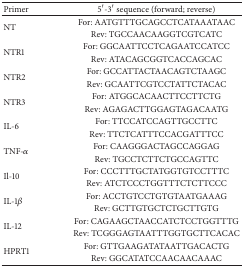
<table><thead><tr><td><b>Primer </b></td><td><b>5′-3′ sequence (forward; reverse) </b></td></tr></thead><tbody><tr><td rowspan="2">NT </td><td>For: AATGTTTGCAGCCTCATAAATAAC </td></tr><tr><td>Rev: TGCCAACAAGGTCGTCATC </td></tr><tr><td rowspan="2">NTR1 </td><td>For: GGCAATTCCTCAGAATCCATCC </td></tr><tr><td>Rev: ATACAGCGGTCACCAGCAC </td></tr><tr><td rowspan="2">NTR2 </td><td>For: GCCATTACTAACAGTCTAAGC </td></tr><tr><td>Rev: GCAATTCGTCCTATTCTACAC </td></tr><tr><td rowspan="2">NTR3 </td><td>For: ATGGCACAACTTCCTTCTG </td></tr><tr><td>Rev: AGAGACTTGGAGTAGACAATG </td></tr><tr><td rowspan="2">IL-6 </td><td>For: TTCCATCCAGTTGCCTTC </td></tr><tr><td>Rev: TTCTCATTTCCACGATTTCC </td></tr><tr><td rowspan="2">TNF-<i>α</i></td><td>For: CAAGGGACTAGCCAGGAG </td></tr><tr><td>Rev: TGCCTCTTCTGCCAGTTC </td></tr><tr><td rowspan="2">Il-10 </td><td>For: CCCTTTGCTATGGTGTCCTTTC </td></tr><tr><td>Rev: ATCTCCCTGGTTTCTCTTCCC </td></tr><tr><td rowspan="2">IL-1<i>β</i></td><td>For: ACCTGTCCTGTGTAATGAAAG </td></tr><tr><td>Rev: GCTTGTGCTCTGCTTGTG </td></tr><tr><td rowspan="2">IL-12 </td><td>For: CAGAAGCTAACCATCTCCTGGTTTG </td></tr><tr><td>Rev: TCGGGAGTAATTTGGTGCTTCACAC </td></tr><tr><td rowspan="2">HPRT1 </td><td>For: GTTGAAGATATAATTGACACTG </td></tr><tr><td>Rev: GGCATATCCAACAACAAAC </td></tr></tbody></table>